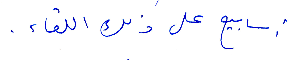
أسابيع على ذلك اللقاء